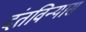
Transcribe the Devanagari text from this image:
दंतविन्यास